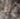
ربما